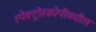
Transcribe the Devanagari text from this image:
स्पेक्ट्रोस्कोपीमधील